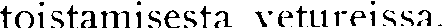
toistamisesta vettureissa.